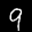
Label: 9